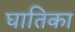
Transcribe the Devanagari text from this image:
घातिका